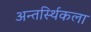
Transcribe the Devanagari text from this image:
अन्तर्स्थिकला